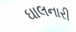
ઘાલનારી